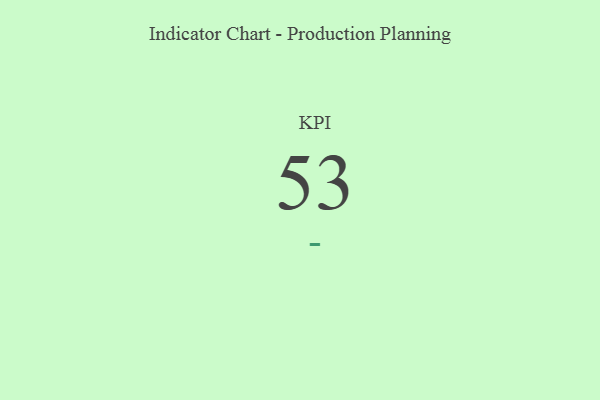
{"axis": {"x": "KPI", "y": "Value"}, "legend": [""], "data": [{"x": "KPI", "y": 53, "type": ""}]}